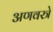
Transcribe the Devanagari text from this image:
अणवस्त्रे